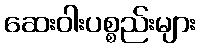
ဆေးဝါးပစ္စည်းများ